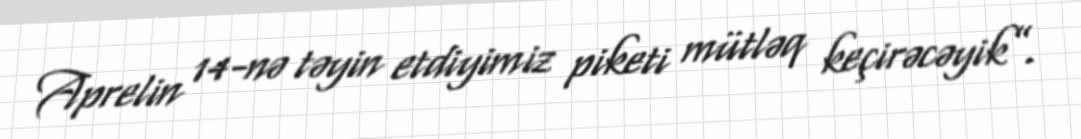
Aprelin 14-nə təyin etdiyimiz piketi mütləq keçirəcəyik”.